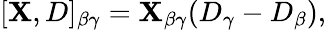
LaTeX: [\mathbf{X},D]_{\beta\gamma}=\mathbf{X}_{\beta\gamma}(D_{\gamma}-D_{\beta}),